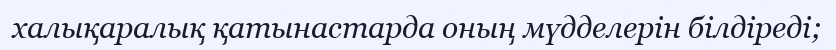
халықаралық қатынастарда оның мүдделерін білдіреді;